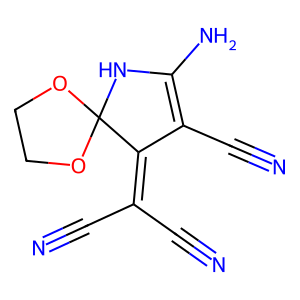
SMILES: N#CC(C#N)=C1C(C#N)=C(N)NC12OCCO2
Inhibits HIV replication: No